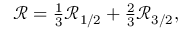
\begin{array} { r } { { \ensuremath { \mathcal R } } = \frac { 1 } { 3 } { \ensuremath { \mathcal R } } _ { 1 / 2 } + \frac { 2 } { 3 } { \ensuremath { \mathcal R } } _ { 3 / 2 } , } \end{array}